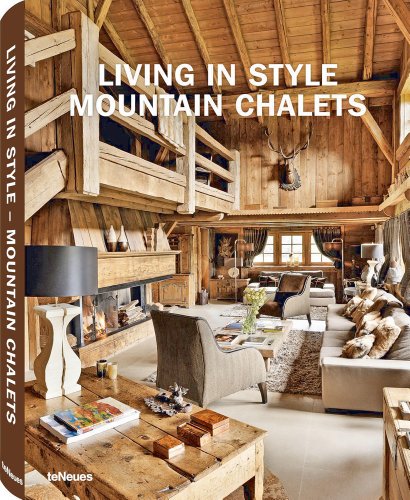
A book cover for Living in Style Mountain Chalets (English, German and French Edition); Travel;